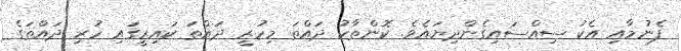
ފެނުމާއި އެކު ސިއްސައިގެންދިޔައެވެ. ކޮންތާކު ދައްތަ މިހުރީ ދައްތަ ކައިރީގައި ހުރި ދައްތަގެ